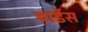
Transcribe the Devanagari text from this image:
बार्डेस